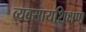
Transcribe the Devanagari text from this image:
व्यवसायशिक्षण